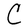
Character: C